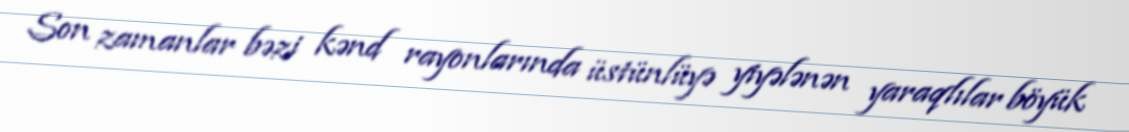
Son zamanlar bəzi kənd rayonlarında üstünlüyə yiyələnən yaraqlılar böyük